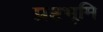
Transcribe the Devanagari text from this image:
प्रष्टभूमि